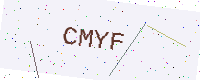
Text: CMYF